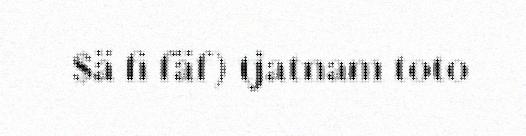
$ä fi fäf) tjatnam toto